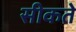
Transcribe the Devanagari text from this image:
सीकते